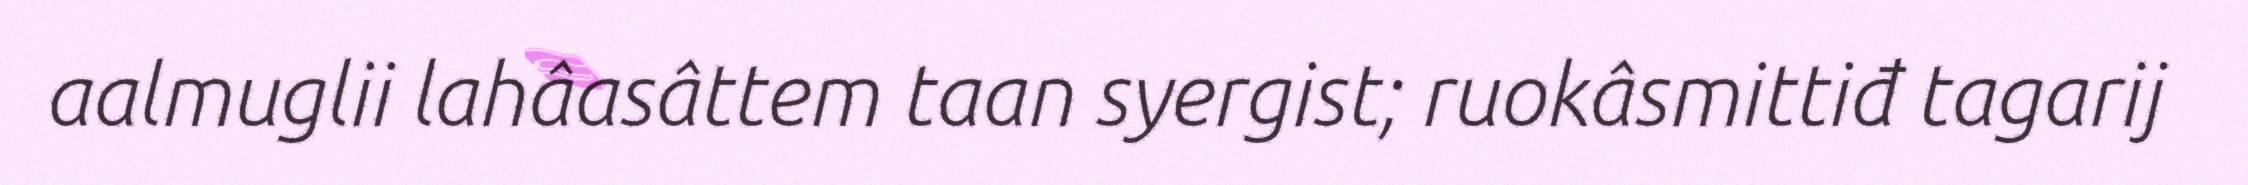
aalmuglii lahâasâttem taan syergist; ruokâsmittiđ tagarij